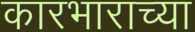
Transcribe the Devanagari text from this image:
कारभाराच्या